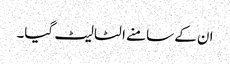
ان کے سامنے الٹا لیٹ گیا۔